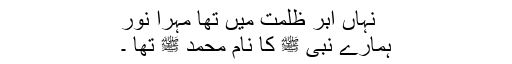
نہاں ابرِ ظلمت میں تھا مہرِا نور
ہمارے نبی ﷺ کا نام محمد ﷺ تھا ۔